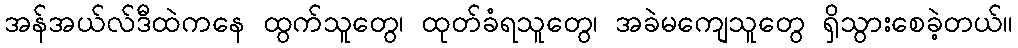
အန်အယ်လ်ဒီထဲကနေ ထွက်သူတွေ၊ ထုတ်ခံရသူတွေ၊ အခဲမကျေသူတွေ ရှိသွားစေခဲ့တယ်။